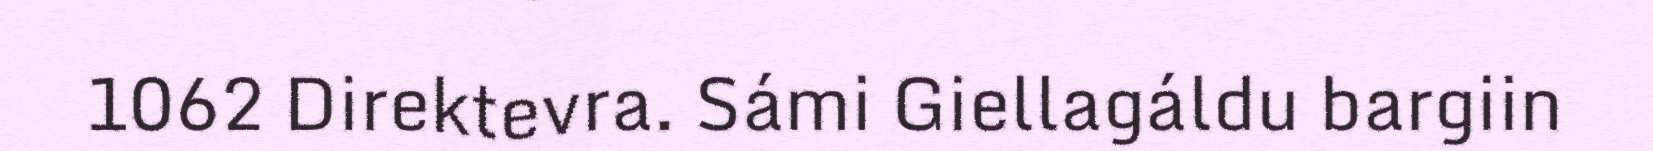
1062 Direktevra. Sámi Giellagáldu bargiin